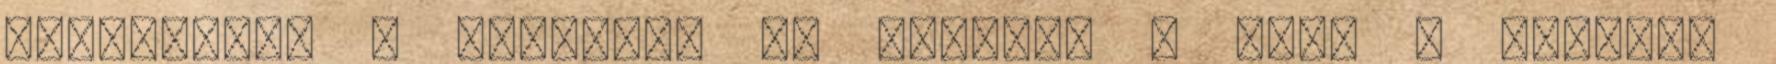
hozzáadjuk a lisztet, az olajat, a sót, a fahéjat